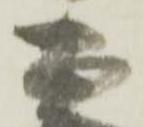
忠